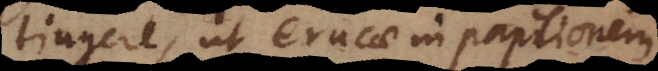
gere, ut erucae in papilionem